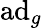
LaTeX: \operatorname{ad}_{g}